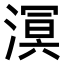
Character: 𣼗